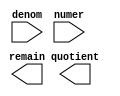
// megafunction wizard: %LPM_DIVIDE%VBB%
// GENERATION: STANDARD
// VERSION: WM1.0
// MODULE: LPM_DIVIDE 

// ============================================================
// Megafunction Name(s):
// 			LPM_DIVIDE
//
// Simulation Library Files(s):
// 			lpm
// ============================================================
// ************************************************************
// THIS IS A WIZARD-GENERATED FILE. DO NOT EDIT THIS FILE!
//
// 18.1.0 Build 625 09/12/2018 SJ Lite Edition
// ************************************************************

//Copyright (C) 2018  Intel Corporation. All rights reserved.
//Your use of Intel Corporation's design tools, logic functions 
//and other software and tools, and its AMPP partner logic 
//functions, and any output files from any of the foregoing 
//(including device programming or simulation files), and any 
//associated documentation or information are expressly subject 
//to the terms and conditions of the Intel Program License 
//Subscription Agreement, the Intel Quartus Prime License Agreement,
//the Intel FPGA IP License Agreement, or other applicable license
//agreement, including, without limitation, that your use is for
//the sole purpose of programming logic devices manufactured by
//Intel and sold by Intel or its authorized distributors.  Please
//refer to the applicable agreement for further details.

module div32 (
	denom,
	numer,
	quotient,
	remain);

	input	[31:0]  denom;
	input	[31:0]  numer;
	output	[31:0]  quotient;
	output	[31:0]  remain;

endmodule

// ============================================================
// CNX file retrieval info
// ============================================================
// Retrieval info: PRIVATE: INTENDED_DEVICE_FAMILY STRING "Cyclone V"
// Retrieval info: PRIVATE: PRIVATE_LPM_REMAINDERPOSITIVE STRING "TRUE"
// Retrieval info: PRIVATE: PRIVATE_MAXIMIZE_SPEED NUMERIC "-1"
// Retrieval info: PRIVATE: SYNTH_WRAPPER_GEN_POSTFIX STRING "0"
// Retrieval info: PRIVATE: USING_PIPELINE NUMERIC "0"
// Retrieval info: PRIVATE: VERSION_NUMBER NUMERIC "2"
// Retrieval info: PRIVATE: new_diagram STRING "1"
// Retrieval info: LIBRARY: lpm lpm.lpm_components.all
// Retrieval info: CONSTANT: LPM_DREPRESENTATION STRING "UNSIGNED"
// Retrieval info: CONSTANT: LPM_HINT STRING "LPM_REMAINDERPOSITIVE=TRUE"
// Retrieval info: CONSTANT: LPM_NREPRESENTATION STRING "UNSIGNED"
// Retrieval info: CONSTANT: LPM_TYPE STRING "LPM_DIVIDE"
// Retrieval info: CONSTANT: LPM_WIDTHD NUMERIC "32"
// Retrieval info: CONSTANT: LPM_WIDTHN NUMERIC "32"
// Retrieval info: USED_PORT: denom 0 0 32 0 INPUT NODEFVAL "denom[31..0]"
// Retrieval info: USED_PORT: numer 0 0 32 0 INPUT NODEFVAL "numer[31..0]"
// Retrieval info: USED_PORT: quotient 0 0 32 0 OUTPUT NODEFVAL "quotient[31..0]"
// Retrieval info: USED_PORT: remain 0 0 32 0 OUTPUT NODEFVAL "remain[31..0]"
// Retrieval info: CONNECT: @denom 0 0 32 0 denom 0 0 32 0
// Retrieval info: CONNECT: @numer 0 0 32 0 numer 0 0 32 0
// Retrieval info: CONNECT: quotient 0 0 32 0 @quotient 0 0 32 0
// Retrieval info: CONNECT: remain 0 0 32 0 @remain 0 0 32 0
// Retrieval info: GEN_FILE: TYPE_NORMAL div32.v TRUE
// Retrieval info: GEN_FILE: TYPE_NORMAL div32.inc FALSE
// Retrieval info: GEN_FILE: TYPE_NORMAL div32.cmp FALSE
// Retrieval info: GEN_FILE: TYPE_NORMAL div32.bsf FALSE
// Retrieval info: GEN_FILE: TYPE_NORMAL div32_inst.v FALSE
// Retrieval info: GEN_FILE: TYPE_NORMAL div32_bb.v TRUE
// Retrieval info: LIB_FILE: lpm